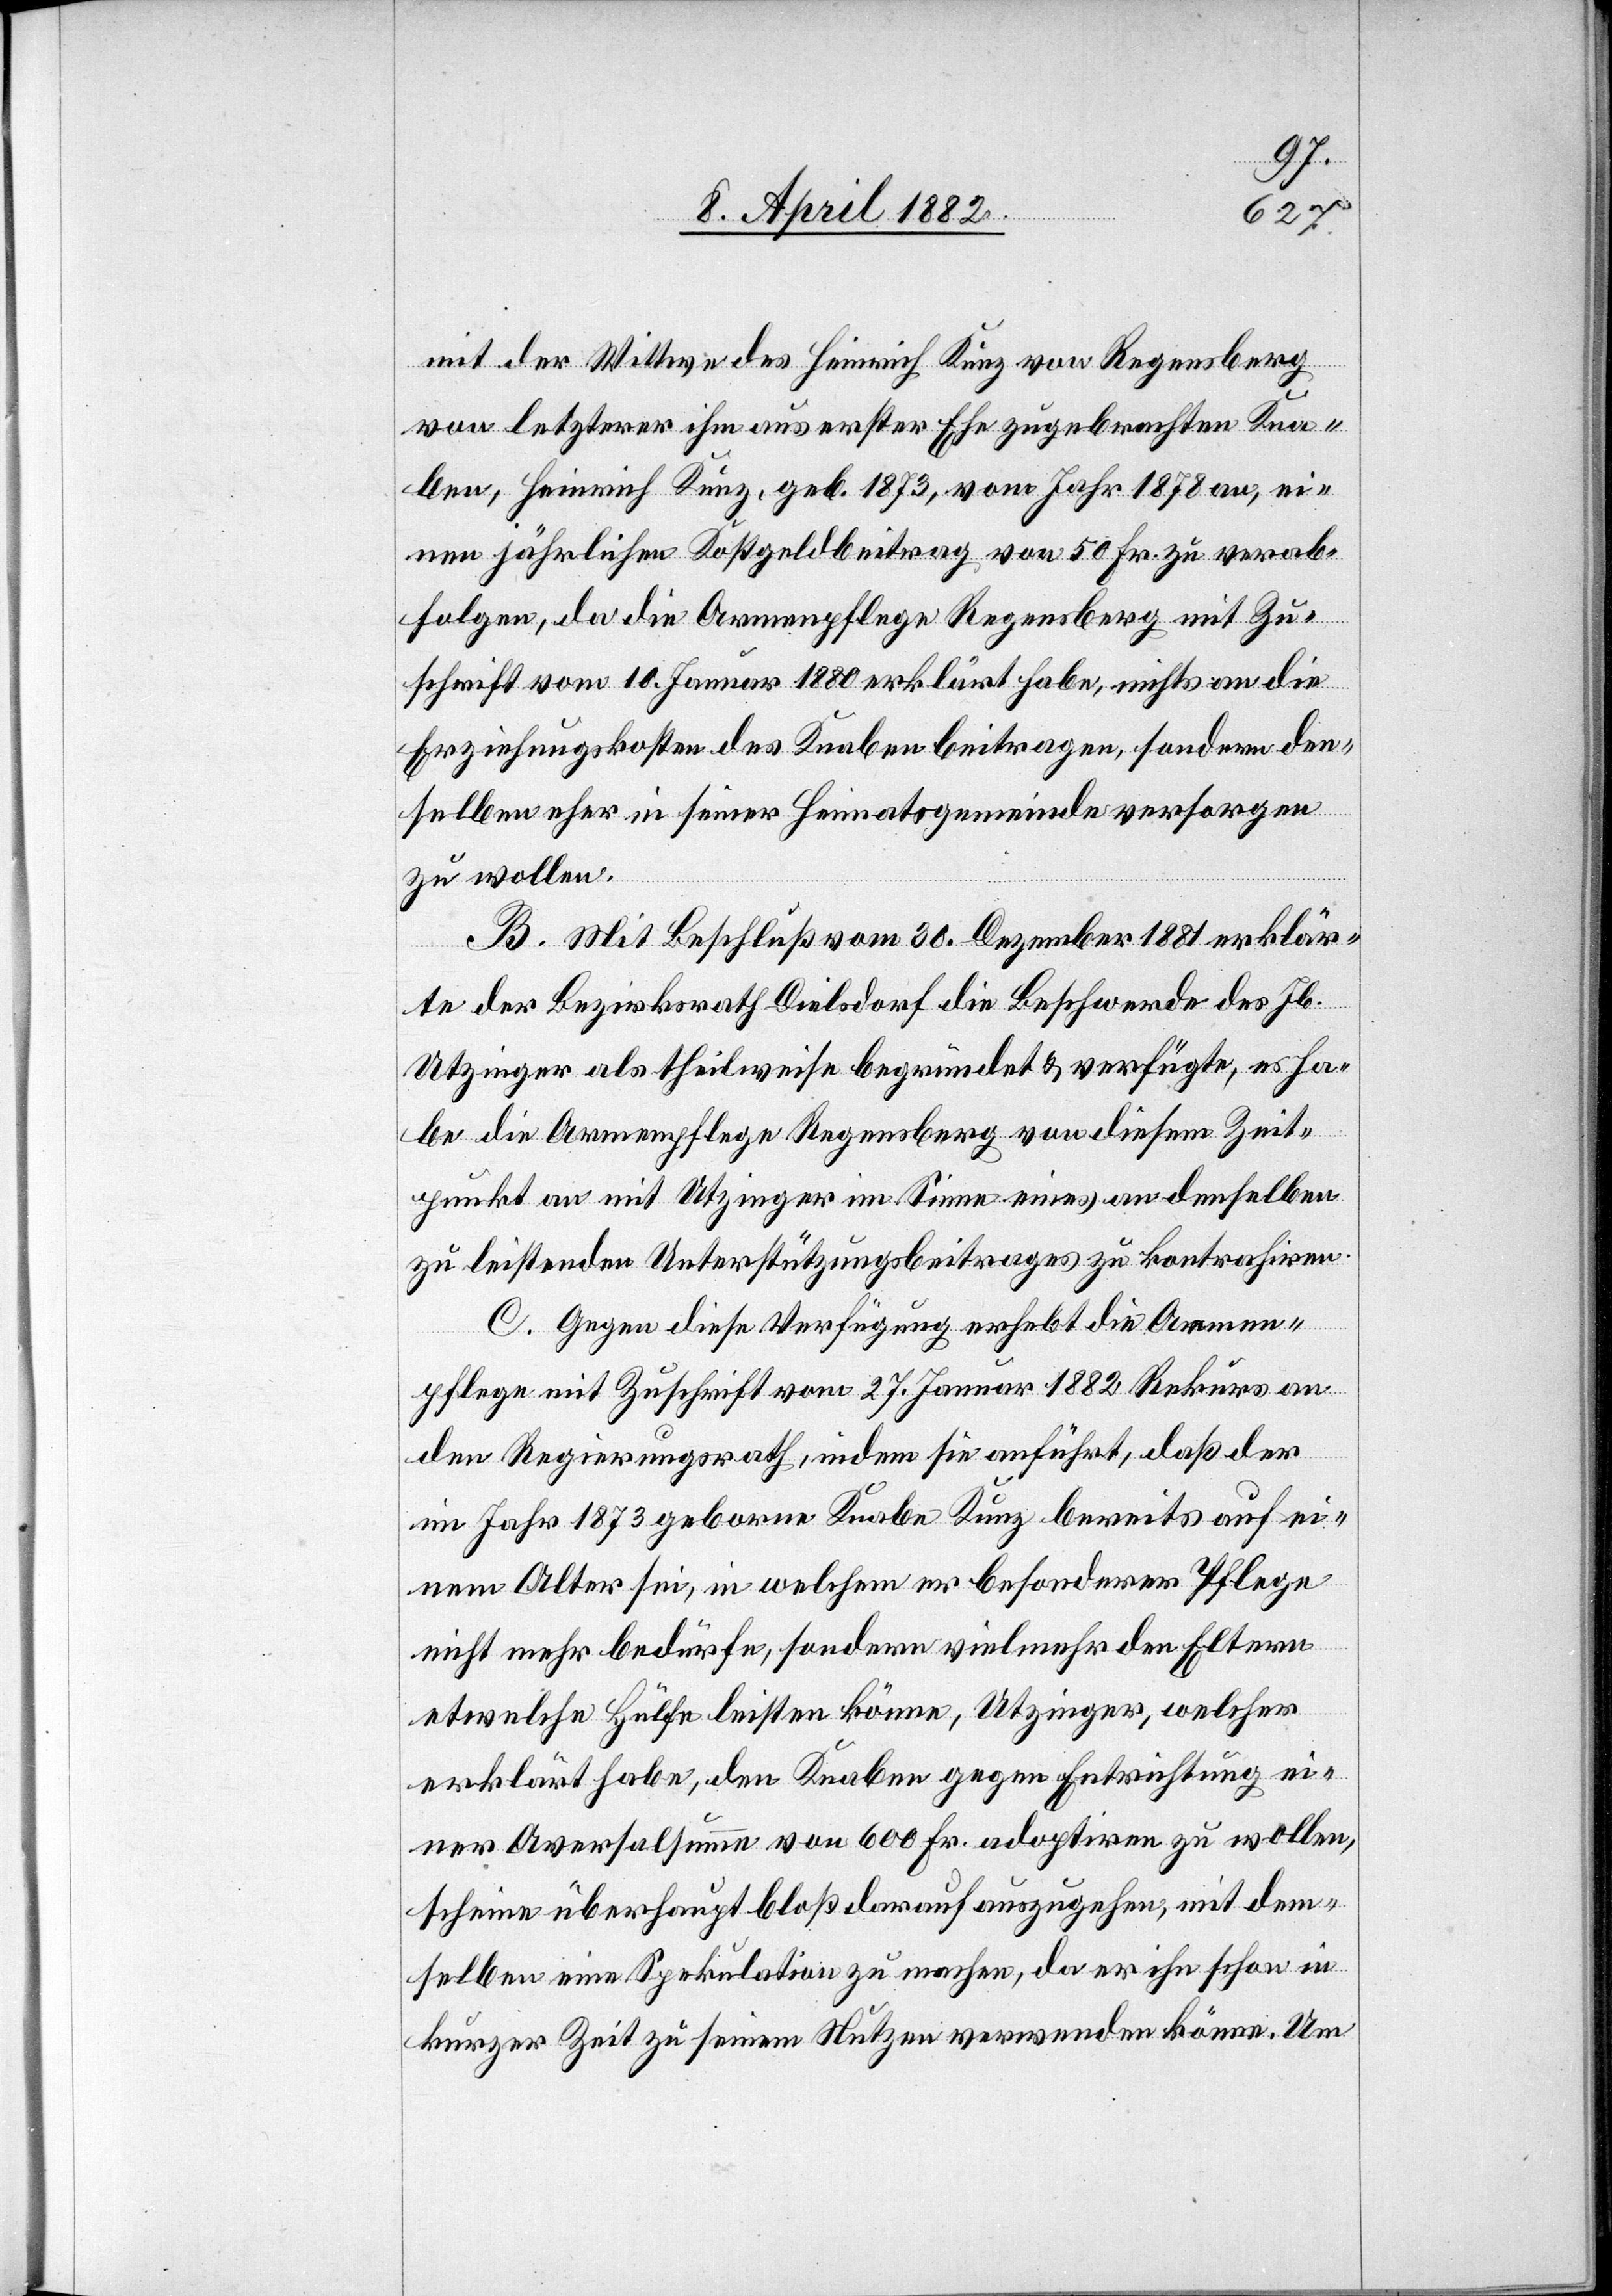
mit der Wittwe des Heinrich Kunz von Regensberg
von letzterer ihm aus erster Ehe zugebrachten Kna¬
ben, Heinrich Kunz, geb. 1873, vom Jahr 1878 an, ei¬
nen jährlichen Kostgeldbeitrag von 50 Fr. zu verab¬
folgen, da die Armenpflege Regensberg mit Zu¬
schrift vom 10. Januar 1880 erklärt habe, nichts an die
Erziehungskosten des Knaben beitragen, sondern den¬
selben eher in seiner Heimatsgemeinde versorgen
zu wollen.
B. Mit Beschluß vom 30. Dezember 1881 erklär¬
te der Bezirksrath Dielsdorf die Beschwerde des Jb.
Utzinger als theilweise begründet & verfügte, es ha¬
be die Armenpflege Regensberg von diesem Zeit¬
punkt an mit Utzinger im Sinne eines an denselben
zu leistenden Unterstützungsbeitrages zu kontrahiren.
C. Gegen diese Verfügung erhebt die Armen¬
pflege mit Zuschrift vom 27. Januar 1882 Rekurs an
den Regierungsrath, indem sie anführt, daß der
im Jahr 1873 geborne Knabe Kunz bereits auf ei¬
nem Alter sei, in welchem er besonderer Pflege
nicht mehr bedürfe, sondern vielmehr den Eltern
etwelche Hülfe leisten könne, Utzinger, welcher
erklärt habe, den Knaben gegen Entrichtung ei¬
ner Aversalsumme von 600 Fr. adoptiren zu wollen,
scheine überhaupt bloß darauf auszugehen, mit dem¬
selben eine Spekulation zu machen, da er ihn schon in
kurzer Zeit zu seinem Nutzen verwenden könne. Um